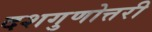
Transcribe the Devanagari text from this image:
दशगुणोत्तरी